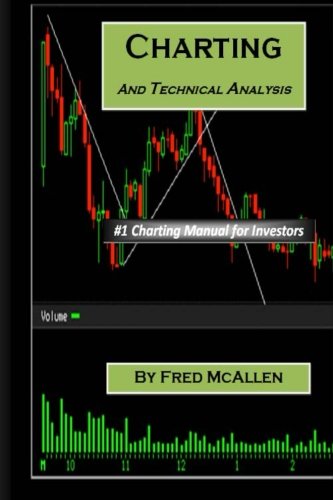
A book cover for Charting and Technical Analysis; Fred Mcallen; Business & Money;